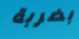
بضربة